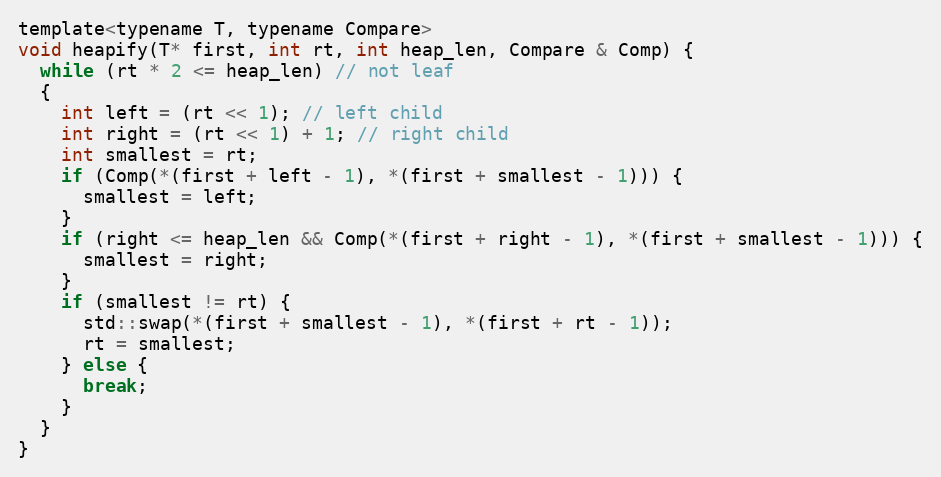
Language: C
template<typename T, typename Compare>
void heapify(T* first, int rt, int heap_len, Compare & Comp) {
  while (rt * 2 <= heap_len) // not leaf
  {
    int left = (rt << 1); // left child
    int right = (rt << 1) + 1; // right child
    int smallest = rt;
    if (Comp(*(first + left - 1), *(first + smallest - 1))) {
      smallest = left;
    }
    if (right <= heap_len && Comp(*(first + right - 1), *(first + smallest - 1))) {
      smallest = right;
    }
    if (smallest != rt) {
      std::swap(*(first + smallest - 1), *(first + rt - 1));
      rt = smallest;
    } else {
      break;
    }
  }
}